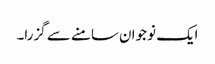
ایک نوجوان سامنے سے گزرا۔